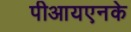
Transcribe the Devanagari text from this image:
पीआयएनके